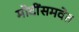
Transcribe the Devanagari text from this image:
मोदींसमवेत